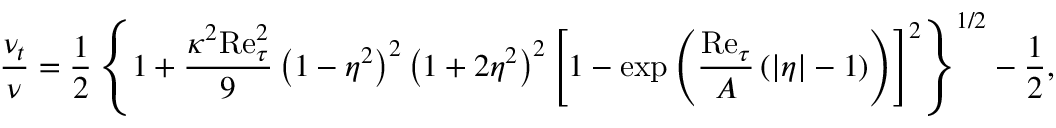
\frac { \nu _ { t } } { \nu } = \frac { 1 } { 2 } \left\{ 1 + \frac { \kappa ^ { 2 } \mathrm { R e } _ { \tau } ^ { 2 } } { 9 } \left( 1 - \eta ^ { 2 } \right) ^ { 2 } \left( 1 + 2 \eta ^ { 2 } \right) ^ { 2 } \left[ 1 - \mathrm { e x p } \left( \frac { \mathrm { R e } _ { \tau } } { A } \left( | \eta | - 1 \right) \right) \right] ^ { 2 } \right\} ^ { 1 / 2 } - \frac { 1 } { 2 } ,